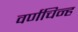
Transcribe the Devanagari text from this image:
वर्णचिन्ह